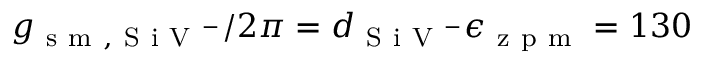
g _ { \mathrm { ~ s ~ m ~ , ~ S ~ i ~ V ~ } ^ { - } } / 2 \pi = d _ { \mathrm { ~ S ~ i ~ V ~ } ^ { - } } \epsilon _ { \mathrm { ~ z ~ p ~ m ~ } } = 1 3 0